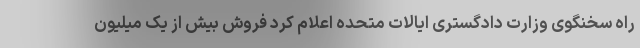
راه سخنگوی وزارت دادگستری ایالات متحده اعلام کرد فروش بیش از یک میلیون